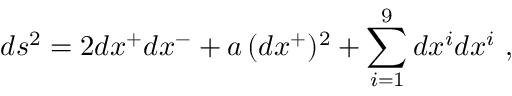
d s ^ { 2 } = 2 d x ^ { + } d x ^ { - } + a \, ( d x ^ { + } ) ^ { 2 } + \sum _ { i = 1 } ^ { 9 } d x ^ { i } d x ^ { i } ~ ,